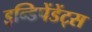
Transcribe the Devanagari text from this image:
इन्डिपेंडेंट्स